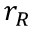
r _ { R }